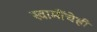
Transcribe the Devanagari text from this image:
स्वामींचेही